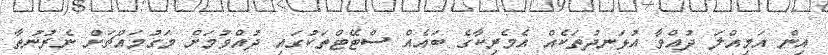
އިން އަމިއްލަ ދުއްވާ އުޅަނދުތަކެއް އެމެރިކާގެ ބައެއް ސްޓޭޓްތަކުގައި ދުއްވުމަށް މަގުމައްޗަށް ނެރުނުތާ